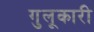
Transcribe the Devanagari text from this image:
गुलूकारी